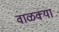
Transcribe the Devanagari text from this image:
वाळक्या